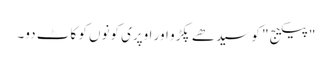
"پیکیج" کو سیدھے پکڑو اور اوپری کونوں کو کاٹ دو۔